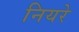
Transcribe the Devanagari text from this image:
नियरे